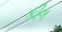
કીગ